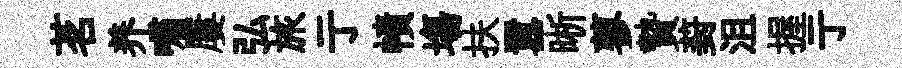
茗养嘯屢弘旅亍幘塲扶囂晰蓼贄葑沮握亍